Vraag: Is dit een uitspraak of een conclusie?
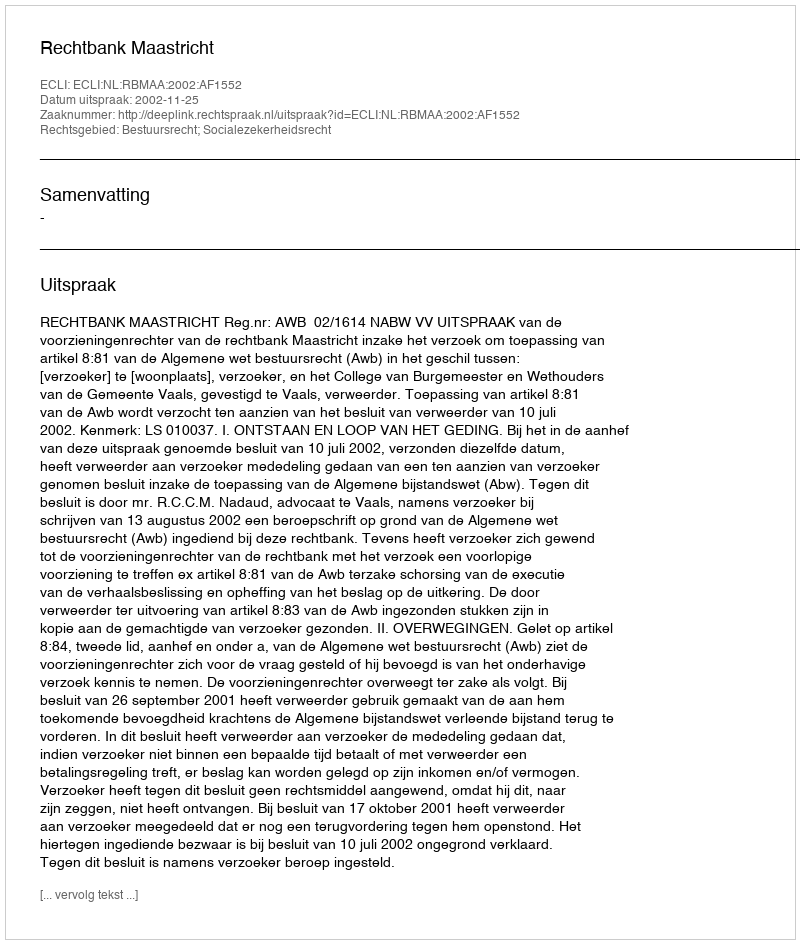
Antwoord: Uitspraak